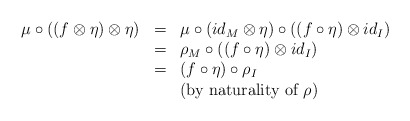
\begin{align*}\begin{array}{lll}\mu\circ ((f\otimes\eta)\otimes\eta)&=&\mu\circ (id_M\otimes \eta)\circ ((f\circ\eta)\otimes id_I)\\&=&\rho_M\circ ((f\circ\eta)\otimes id_I)\\&=&(f\circ \eta)\circ \rho_I\\&&\mbox{(by naturality of $\rho$)}\end{array}\end{align*}